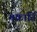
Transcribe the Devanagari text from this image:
मकार्ति